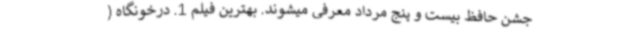
جشن حافظ بیست و پنج مرداد معرفی میشوند. بهترین فیلم 1. درخونگاه (